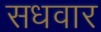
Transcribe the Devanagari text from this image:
सधवार